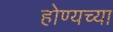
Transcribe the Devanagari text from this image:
होण्यच्या